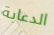
الدعابة